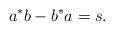
LaTeX: \begin{align*}a^* b-b^* a=s.\end{align*}